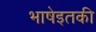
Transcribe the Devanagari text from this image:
भाषेइतकी